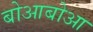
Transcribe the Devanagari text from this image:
बोआबोआ